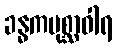
ခန္ဓကပုစ္ဆာဝါရ